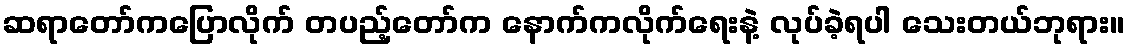
ဆရာတော်ကပြောလိုက် တပည့်တော်က နောက်ကလိုက်ရေးနဲ့ လုပ်ခဲ့ရပါ သေးတယ်ဘုရား။